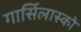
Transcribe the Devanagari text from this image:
गार्सिलास्को